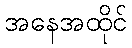
အနေအထိုင်